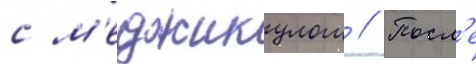
с м'еджикулом // Посл'е